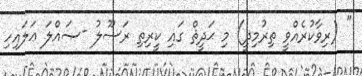
'' (ރިވާކުރެއްވީ ތިރުމިޛީ) މި ޙަދީޘް ގައި ކީރިތި ރަސޫލު -ޞައްލަ ޢަލައިހި